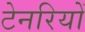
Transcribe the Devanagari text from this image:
टेनरियों